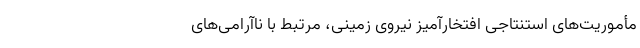
مأموریت‌های استنتاجی افتخارآمیز نیروی زمینی، مرتبط با ناآرامی­های